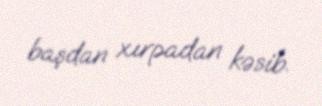
başdan xırpadan kəsib.